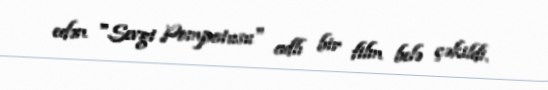
edən "Sevgi Pompatusu" adlı bir film belə çəkildi.